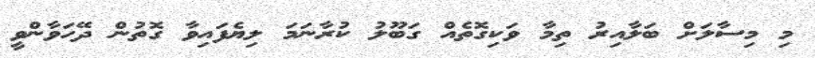
މި މިސާލަށް ބަލާއިރު ތިމާ ވަކިގޮތެއް ގަބޫލު ކުރާނަމަ ލިޔެފައިވާ ގޮތުން ދޭހަވާންވީ